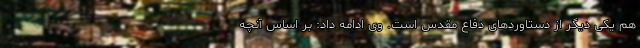
هم یکی دیگر از دستاوردهای دفاع مقدس است. وی ادامه داد: بر اساس آنچه